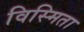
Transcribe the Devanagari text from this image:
विस्मिता